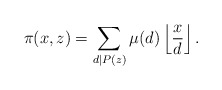
\begin{align*} \pi(x, z) = \sum_{d \mid P(z)} \mu(d) \left\lfloor \frac{x}{d} \right\rfloor. \end{align*}